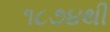
૧૮૭૪થી